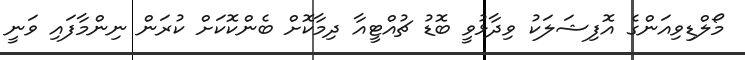
މޯލްޑިވިއަންގެ އޮފިޝަލަކު ވިދާޅުވީ ބޮޑު ޗުއްޓީއާ ދިމާކޮށް ބެންކޮކަށް ކުރަން ނިންމާފައި ވަނީ